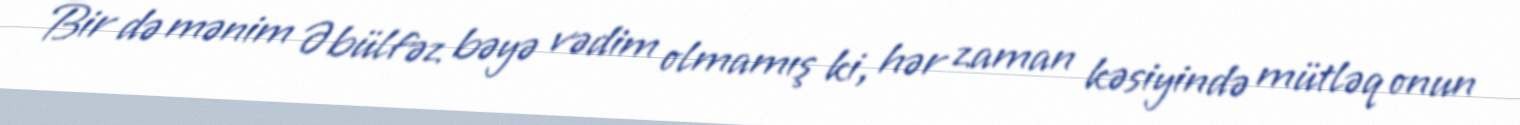
Bir də mənim Əbülfəz bəyə vədim olmamış ki, hər zaman kəsiyində mütləq onun